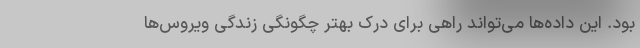
بود. این داده‌ها می‌تواند راهی برای درک بهتر چگونگی زندگی ویروس‌ها